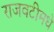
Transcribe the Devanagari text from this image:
राजवटीमधे